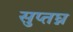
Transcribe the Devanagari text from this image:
सुप्तघ्न